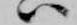
ハ